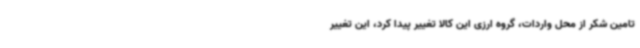
تامین شکر از محل واردات، گروه ارزی این کالا تغییر پیدا کرد، این تغییر